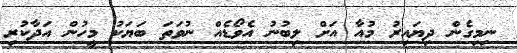
ނިމިގެން ދިޔައިރު މުއާ އަށް ލިބުނު އެވޯޑެއް ނުވަތަ ބަޔަކު މީހުން އަދާކުރި